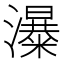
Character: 𱩾